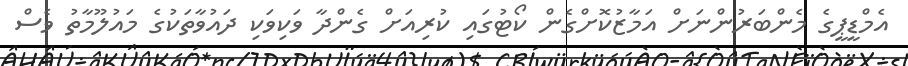
އެމްޑީޕީގެ މެންބަރުންނަށް އަމާޒުކޮށްގެން ކޯޓުގައި ކުރިއަށް ގެންދާ ވަކިވަކި ދައުވާތަކުގެ މައުލޫމާތު ވެސް